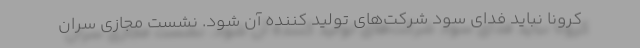
کرونا نباید فدای سود شرکت‌های تولید کننده آن شود. نشست مجازی سران